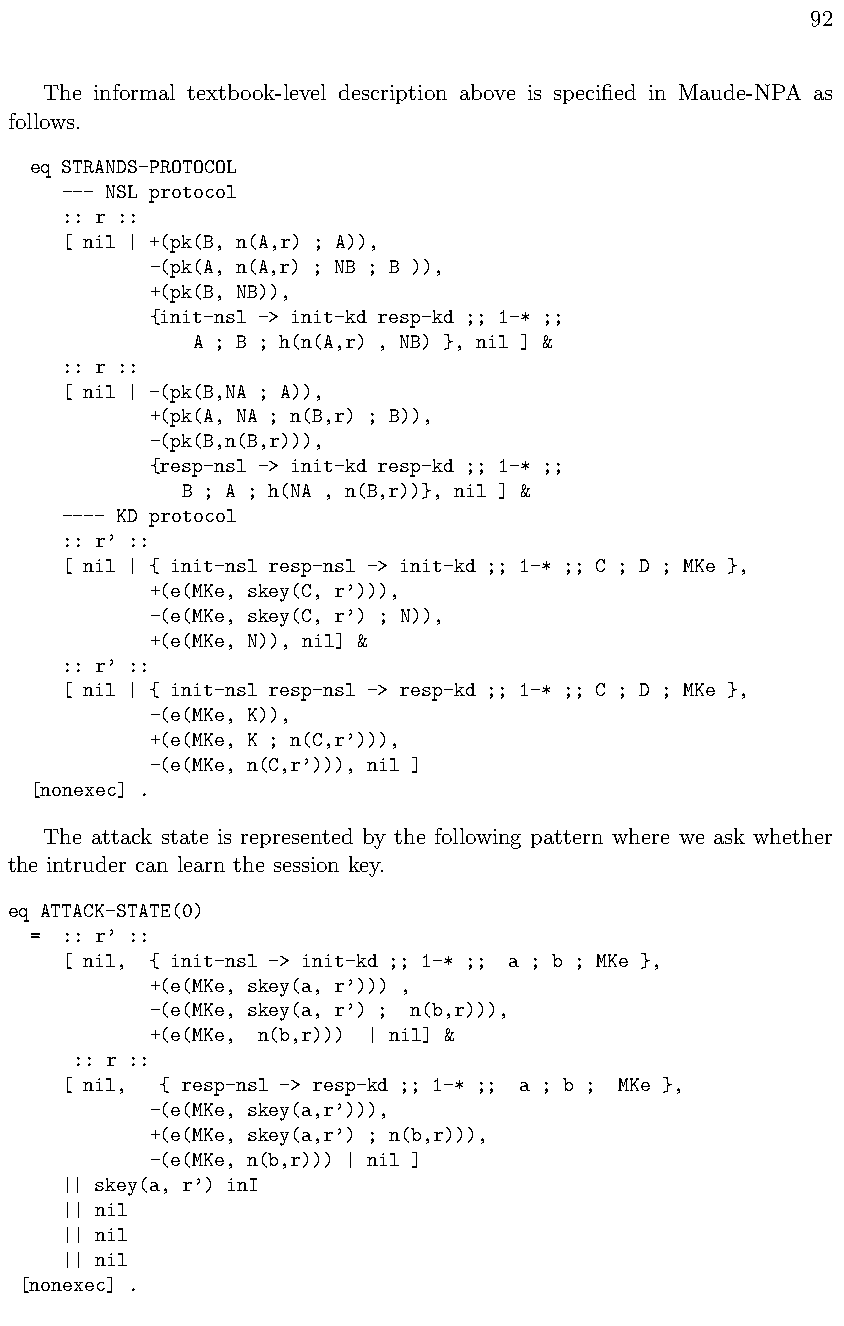
92
 The informal textbook-level description above is specified in Maude-NPA as
 follows.
 eq STRANDS-PROTOCOL
 --- NSL protocol
 :: r ::
 [ nil | +(pk(B, n(A,r) ; A)),
 -(pk(A, n(A,r) ; NB ; B )),
 +(pk(B, NB)),
 {init-nsl -> init-kd resp-kd ;; 1-* ;;
 A ; B ; h(n(A,r) , NB) }, nil ] &
 :: r ::
 [ nil | -(pk(B,NA ; A)),
 +(pk(A, NA ; n(B,r) ; B)),
 -(pk(B,n(B,r))),
 {resp-nsl -> init-kd resp-kd ;; 1-* ;;
 B ; A ; h(NA , n(B,r))}, nil ] &
 ---- KD protocol
 :: r’ ::
 [ nil | { init-nsl resp-nsl -> init-kd ;; 1-* ;; C ; D ; MKe },
 +(e(MKe, skey(C, r’))),
 -(e(MKe, skey(C, r’) ; N)),
 +(e(MKe, N)), nil] &
 :: r’ ::
 [ nil | { init-nsl resp-nsl -> resp-kd ;; 1-* ;; C ; D ; MKe },
 -(e(MKe, K)),
 +(e(MKe, K ; n(C,r’))),
 -(e(MKe, n(C,r’))), nil ]
 [nonexec] .
 The attack state is represented by the following pattern where we ask whether
 the intruder can learn the session key.
 eq ATTACK-STATE(0)
 = :: r’ ::
 [ nil, { init-nsl -> init-kd ;; 1-* ;; a ; b ; MKe },
 +(e(MKe, skey(a, r’))) ,
 -(e(MKe, skey(a, r’) ; n(b,r))),
 +(e(MKe, n(b,r))) | nil] &
 :: r ::
 [ nil, { resp-nsl -> resp-kd ;; 1-* ;; a ; b ; MKe },
 -(e(MKe, skey(a,r’))),
 +(e(MKe, skey(a,r’) ; n(b,r))),
 -(e(MKe, n(b,r))) | nil ]
 || skey(a, r’) inI
 || nil
 || nil
 || nil
 [nonexec] .